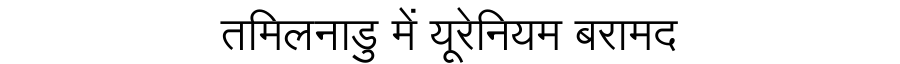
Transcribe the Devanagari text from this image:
तमिलनाडु में यूरेनियम बरामद